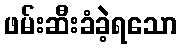
ဖမ်းဆီးခံခဲ့ရသော